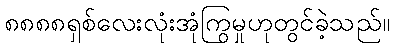
၈၈၈၈ရှစ်လေးလုံးအုံကြွမှုဟုတွင်ခဲ့သည်။